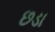
છડા